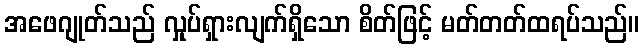
အဖေဂျုတ်သည် လှုပ်ရှားလျက်ရှိသော စိတ်ဖြင့် မတ်တတ်ထရပ်သည်။